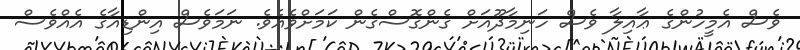
ވެސް އެމީހުންގެ ޢާއިލާ ވެސް ހަނިމާދޫއަށް ގެންގޮސްގެން ކަމަށްވެއެވެ. ނަމަވެސް އިންޑިއާގެ އެއްވެސް